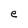
Character: e